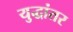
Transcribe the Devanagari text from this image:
युद्धांतर